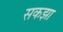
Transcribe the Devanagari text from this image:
सकझा